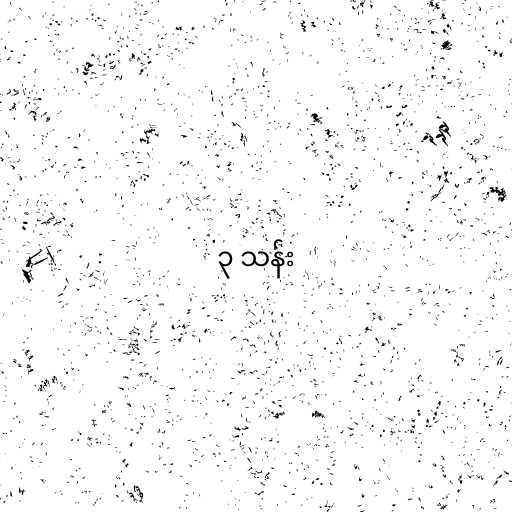
၃ သန်း